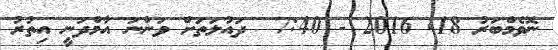
ނޮވެމްބަރު 18